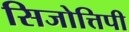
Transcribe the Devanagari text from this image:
सिजोत्तिपी